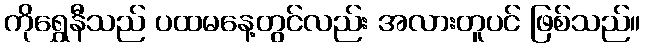
ကိုရွှေနီသည် ပထမနေ့တွင်လည်း အလားတူပင် ဖြစ်သည်။